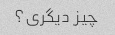
چیز دیگری؟